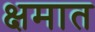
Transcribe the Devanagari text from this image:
क्षमात